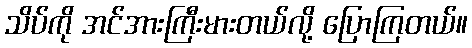
သိပ်ကို အင်အားကြီးမားတယ်လို့ ပြောကြတယ်။